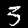
Label: 3